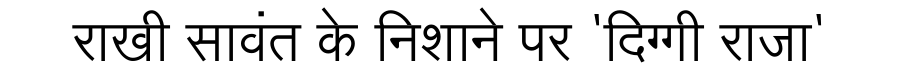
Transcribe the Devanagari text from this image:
राखी सावंत के निशाने पर 'दिग्गी राजा'